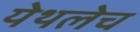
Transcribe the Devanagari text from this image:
येथलेच